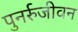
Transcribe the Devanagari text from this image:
पुनर्रुजीवन